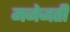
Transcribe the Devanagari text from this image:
मनेजती